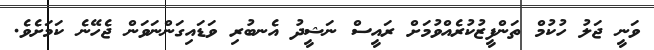
ވަނީ ޖަލު ހުކުމް ތަންފީޒުކުރެއްވުމަށް ރައީސް ނަޝީދު އެނބުރި ވަޑައިގަންނަވަން ޖެހޭނެ ކަމަށެވެ.